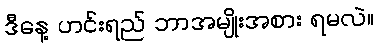
ဒီနေ့ ဟင်းရည် ဘာအမျိုးအစား ရမလဲ။